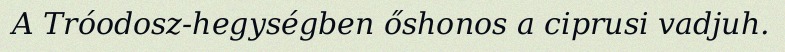
A Tróodosz-hegységben őshonos a ciprusi vadjuh.